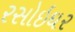
રસોઇઘર